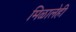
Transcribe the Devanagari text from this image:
मिळालेही